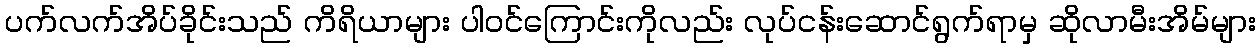
ပက်လက်အိပ်ခိုင်းသည် ကိရိယာများ ပါဝင်ကြောင်းကိုလည်း လုပ်ငန်းဆောင်ရွက်ရာမှ ဆိုလာမီးအိမ်များ